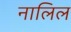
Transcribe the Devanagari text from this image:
नालिल